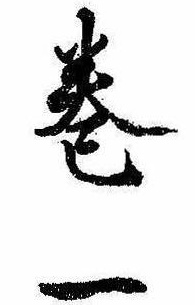
巻一